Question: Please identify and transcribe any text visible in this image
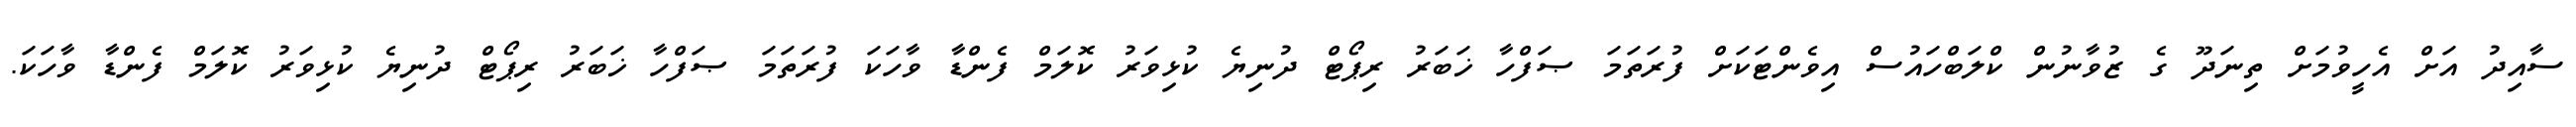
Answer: ސާއިދު އަށް އެހީވުމަށް ތިނަދޫ ގެ ޒުވާނުން ކްލަބްހައުސް އިވެންޓަކަށް ފުރަތަމަ ޞަފްހާ ޚަބަރު ރިޕޯޓް ދުނިޔެ ކުޅިވަރު ކޮލަމް ފެންޑާ ވާހަކަ ފުރަތަމަ ޞަފްހާ ޚަބަރު ރިޕޯޓް ދުނިޔެ ކުޅިވަރު ކޮލަމް ފެންޑާ ވާހަކަ.